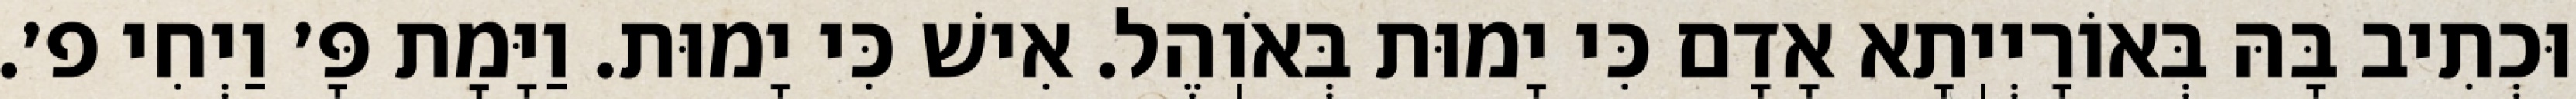
וּכְתִיב בָּהּ בְּאוֹרָיְיֽתָא אָדָם כִּי יָמוּת בְּאֹוֽהֶל. אִישׁ כִּי יָמוּת. וַיָּמׇת פָּ׳ וַיְחִי פ׳.